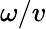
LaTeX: \omega/v